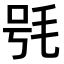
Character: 𣭖